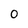
Character: 0